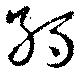
孫